system: You are a helpful assistant.
user:
Analyze the provided spectrum to determine if it is a **S-type Star**.

- **Key Indicators for S-type Star:**

    - **(Overall Spectrum Shape):** The first and most obvious characteristic is the overall continuum (the "baseline" shape). It is **extremely "red-sloping,"** meaning the flux (light intensity) is very low on the left side (blue, ~4000-4500 Å) and rises steeply and continuously toward the right side (red, ~7000 Å+).

    - **(Primary):** The spectrum is defined by the presence of strong, broad molecular absorption "valleys" (bands) from **Zirconium Oxide (ZrO)**. The identification of these bands is the **primary requirement** for classifying a star as S-type.
        - **(Key Bandheads):** You must find distinct, deep "dips" where the light has been absorbed. The most critical band systems to locate are:
            - **~6474 Å** ($\gamma$-system): This is often the strongest and clearest ZrO feature, found in the red part of the spectrum.
            - **~5718 Å** & **~5551 Å** ($\beta$-system): A pair of prominent absorption features in the yellow-orange part of the spectrum.
            - **~4640 Å** ($\alpha$-system): A key absorption band system in the blue-green region of the spectrum.

    - **(Secondary Confirmation):** The classification is strengthened by finding additional absorption bands from other related heavy element oxides, which are expected to be present alongside ZrO.
        - **(Key Bandheads):**
            - **Yttrium Oxide (YO):** Look for absorption dips near **~4800 Å** and **~6100 Å**.
            - **Lanthanum Oxide (LaO):** Additional absorption features, particularly in the red-orange part of the spectrum, are also characteristic.

    - **(Line Profile):** The combination of the steep red continuum and these numerous, deep molecular bands (ZrO, YO, etc.) gives the entire spectrum a very **"chopped-up"** or **"bumpy"** appearance. Instead of a smooth curve, the spectrum looks as though large, wide chunks of light have been "carved out" of it at the specific wavelengths listed above.

Think first, call **spectral_visualization_tool** if needed to examine features in detail, then provide your final answer. Your response must adhere to the following strict rules:
1.  **Overall Structure:** Your response must follow the format `<think>...</think> <tool_call>...</tool_call> (if a tool is used) <answer>...</answer>`.
2.  **Tool Usage Constraint:** You may only make **one** tool call per turn.
3.  **Final Answer Format:** In the `<answer>` tag, your conclusion must be inside a `\boxed{}` command (e.g., `\boxed{YES}` or `\boxed{NO}`), followed by your justification.

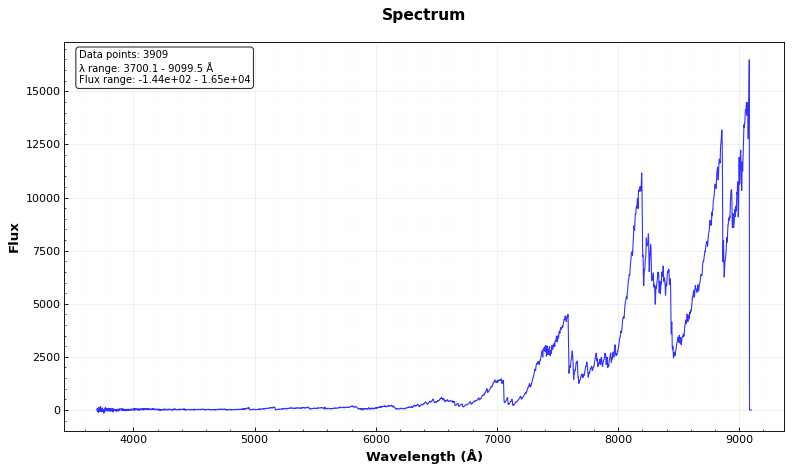
Answer: YES